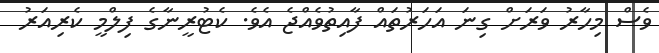
ވެސް މިހާރު ވަރަށް ގިނަ އަހަރުތައް ފާއިތުވެއްޖެ އެވެ. ކެޓުރީނާގެ ފިލްމީ ކެރިއަރު